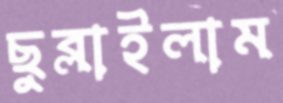
ছুব্‌লাইলাম